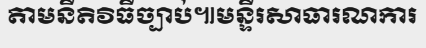
តាមនីតិវិធីច្បាប់៕មន្ទីរសាធារណការ